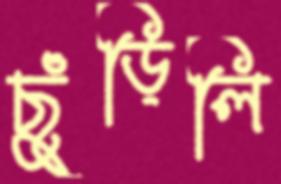
ছুঁড়িলি